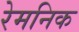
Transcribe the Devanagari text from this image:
रेमनिक